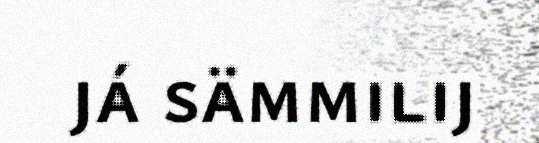
já sämmilij